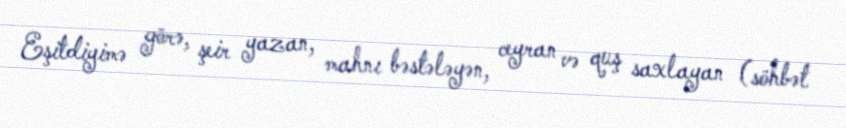
Eşitdiyimə görə, şeir yazan, mahnı bəstələyən, ceyran və quş saxlayan (söhbət